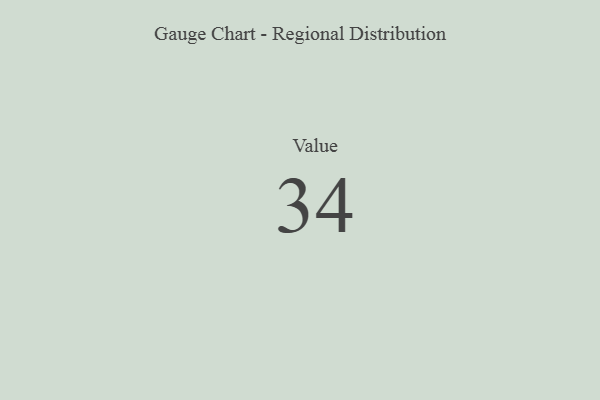
{"axis": {"x": "Metric", "y": "Value"}, "legend": [""], "data": [{"x": "Value", "y": 34, "type": ""}]}